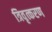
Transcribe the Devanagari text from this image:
त्रिवृत्करण